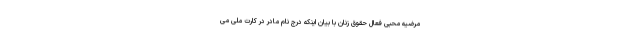
مرضیه محبی فعال حقوق زنان با بیان اینکه درج نام مادر در کارت ملی می